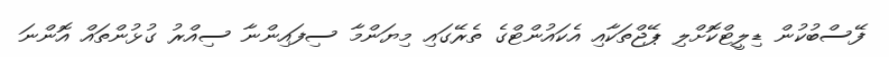
ފޭސްބުކުން ޑިލީޓްކޮށްލި ޕޭޖްތަކާއި އެކައުންޓްގެ ތެރޭގައި މިޔަންމާ ސިފައިންނާ ސިއްރު ގުޅުންތައް އޮންނަ